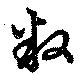
叛